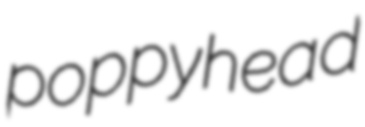
poppyhead